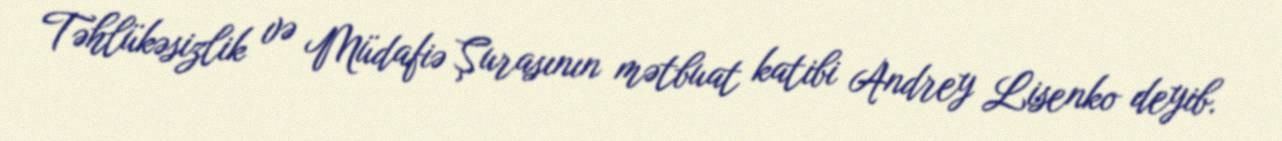
Təhlükəsizlik və Müdafiə Şurasının mətbuat katibi Andrey Lisenko deyib.